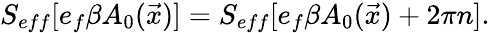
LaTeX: S_{eff}[e_{f}\beta A_{0}(\vec{x})]=S_{eff}[e_{f}\beta A_{0}(\vec{x})+2\pi n].